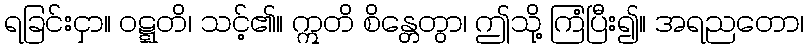
ရခြင်းငှာ။ ဝဋ္ဋတိ၊ သင့်၏။ ဣတိ စိန္တေတွာ၊ ဤသို့ ကြံပြီး၍။ အရညတော၊